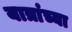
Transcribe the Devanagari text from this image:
यात्रांच्या